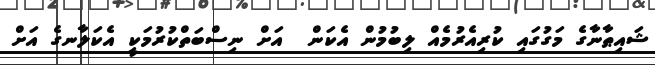
ޝައިޠާނާގެ މަގުގައި ކުރިއެރުމެއް ލިބުމުން އެކަން  އަށް ނިސްބަތްކުރުމަކީ އެކަލާނގެ އަށް